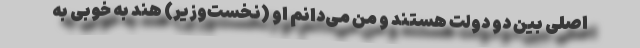
اصلی بین دو دولت هستند و من می‌دانم او (نخست‌وزیر) هند به خوبی به